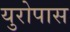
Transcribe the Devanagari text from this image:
युरोपास